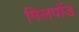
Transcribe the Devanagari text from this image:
मिलपोंड